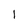
Character: 1